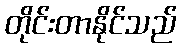
တိုင်းတာနိုင်သည်